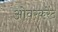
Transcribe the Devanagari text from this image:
ओवरकरेंट